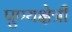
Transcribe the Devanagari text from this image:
पुण्यक्षेत्री